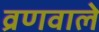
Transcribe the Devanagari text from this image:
व्रणवाले